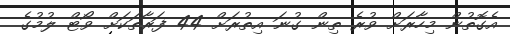
އެގޮތުން މިހާރަށް ވުރެ ތިން ގުނަ އިތުރަށް 44 ފަރާތަކަށް ވޯޓް ލުމުގެ